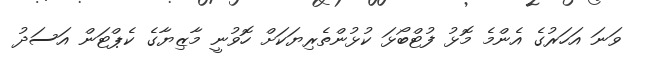
ވަނަ އަހަރުގެ އެންމެ މޮޅު ފުޓްބޯޅަ ކުޅުންތެރިޔަކަށް ހޮވުނީ މާޒިޔާގެ ކެޕްޓަން އަސަދު